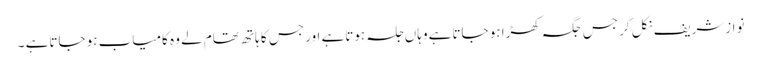
نوازشریف نکل کر جس جگہ کھڑا ہو جاتاہے وہاں جلسہ ہوتاہے اور جس کا ہاتھ تھام لے وہ کامیاب ہو جاتاہے ۔